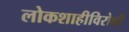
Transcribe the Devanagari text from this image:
लोकशाहीविरोधी